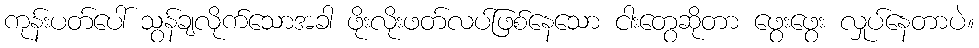
ကုန်းပတ်ပေါ် သွန်ချလိုက်သောအခါ ဖိုးလိုးဖတ်လပ်ဖြစ်နေသော ငါးတွေဆိုတာ ဖွေးဖွေး လှုပ်နေတာပဲ။